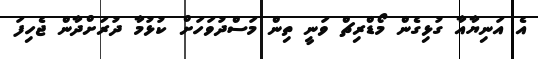
އެ އަނިޔާއާ ގުޅިގެން މޯޑްރިޗް ވަނީ ތިން މަސްދުވަހަށް ކުޅުމާ ދުރަށްދާން ޖެހިފަ